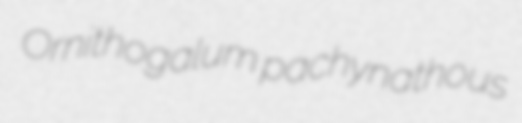
Ornithogalum pachynathous